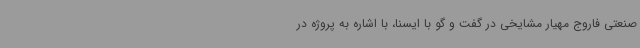
صنعتی فاروج مهیار مشایخی در گفت و گو با ایسنا، با اشاره به پروژه در